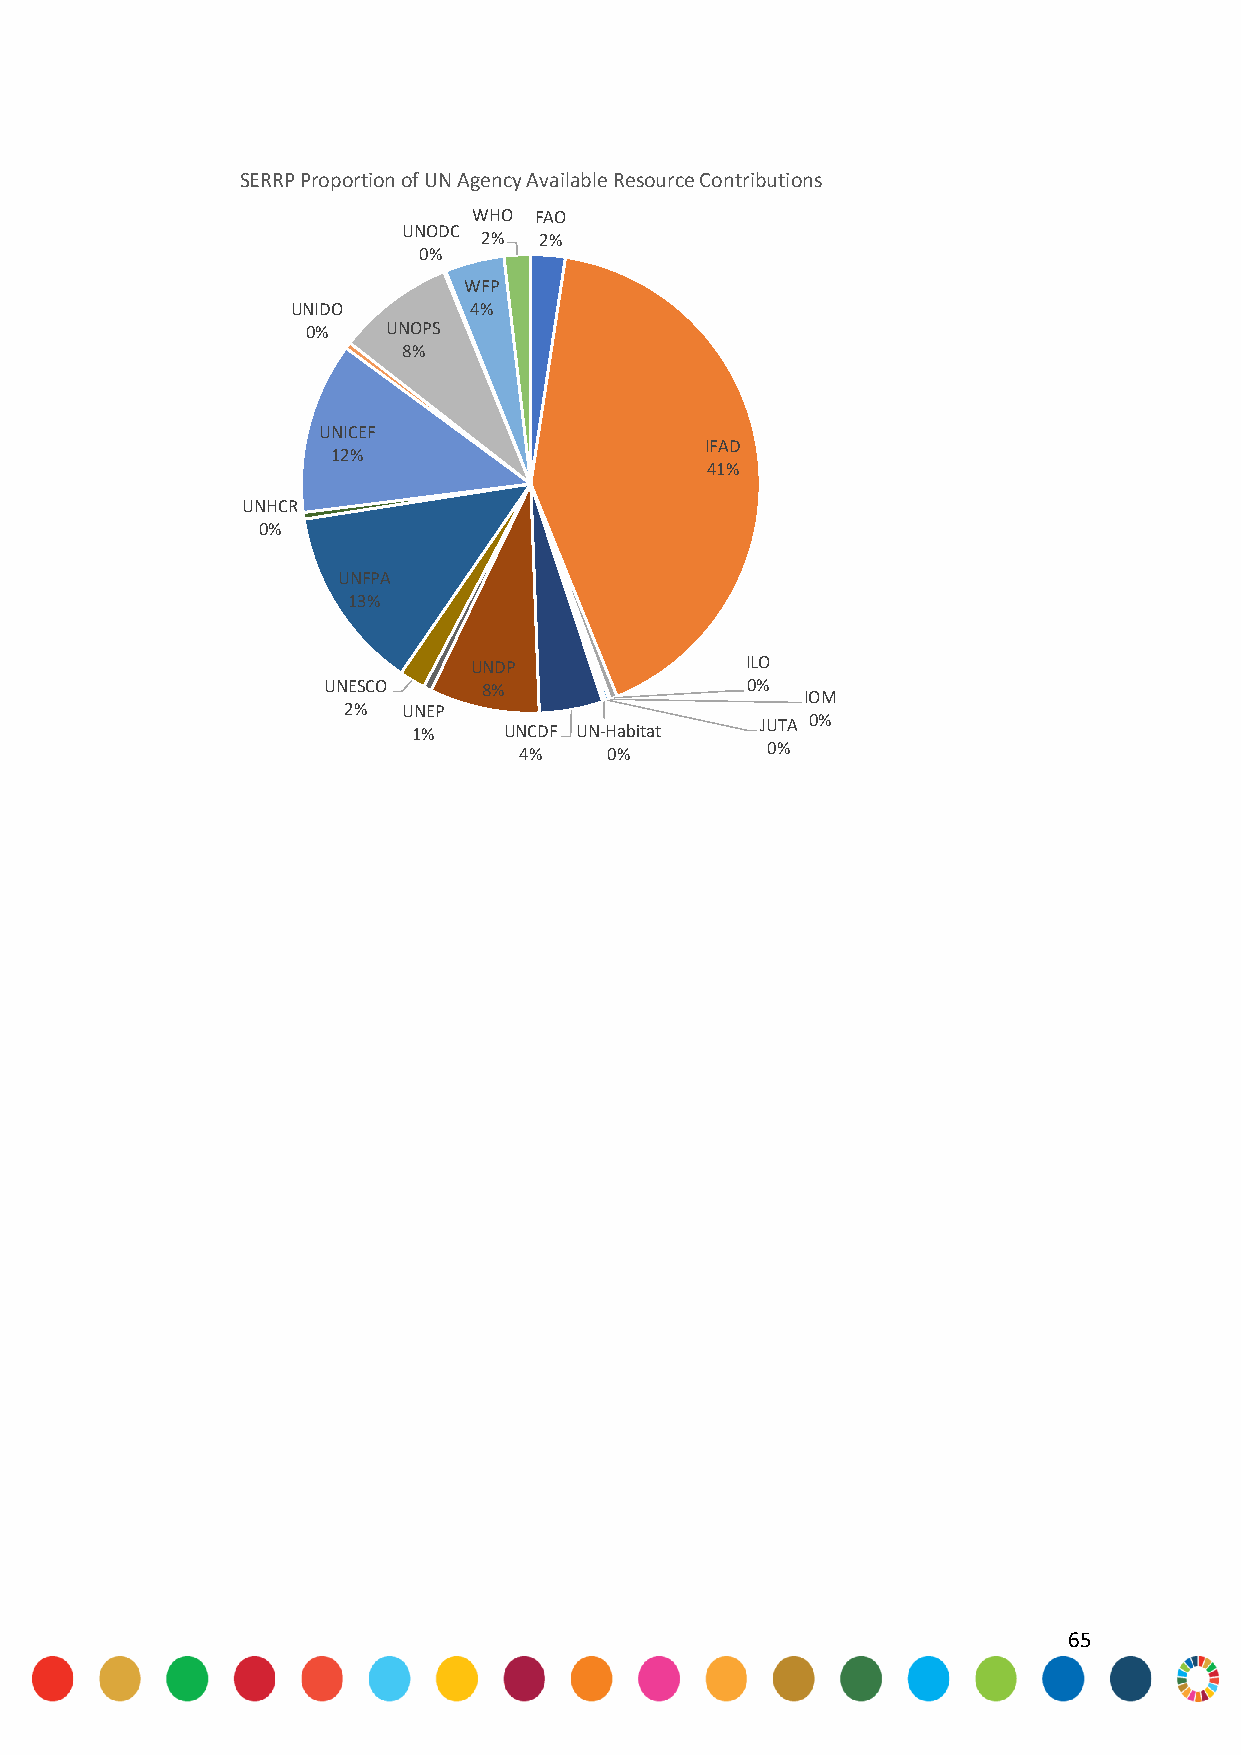
SERRP Proportion of UN Agency Available Resource Contributions
 WHO FAO
 UNODC
 2%  2%
 0%
 WFP
 UNIDO       4%
 0%    UNOPS
 8%
 UNICEF
 IFAD
 12%
 41%
 UNHCR
 0%
 UNFPA
 13%
 UNDP              ILO
 UNESCO     8%               0%
 IOM
 2%  UNEP
 JUTA 0%
 1%    UNCDF UN-Habitat
 0%
 4%    0%
 65